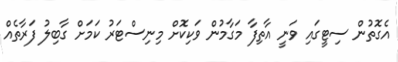
އެގޮތުން ސިޓީގައި ވަނީ އާތިފާ މަގާމުން ވަކިކޮށް މިނިސްޓަރު ކަމަށް ގާބިލު ފަރާތެއް